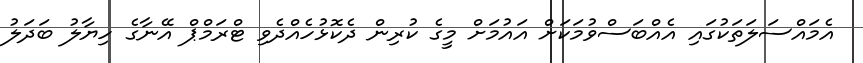
އެމައްސަލަތަކުގައި އެއްބަސްވުމަކަށް އައުމަށް މީގެ ކުރިން ދެކޮޅުހެއްދެވި ޓްރަމްޕް އޭނާގެ ހިޔާލު ބަދަލު